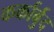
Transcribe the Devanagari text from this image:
कर्कार्बुद